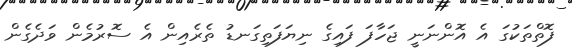
ފޮތްތަކުގަ އެ އޮންނަނީ ޖަހާފަ ފައިގެ ނިޔަފަތިގަނޑު ތެރެއިން އެ ސޮރުމެން ވަދެގެން